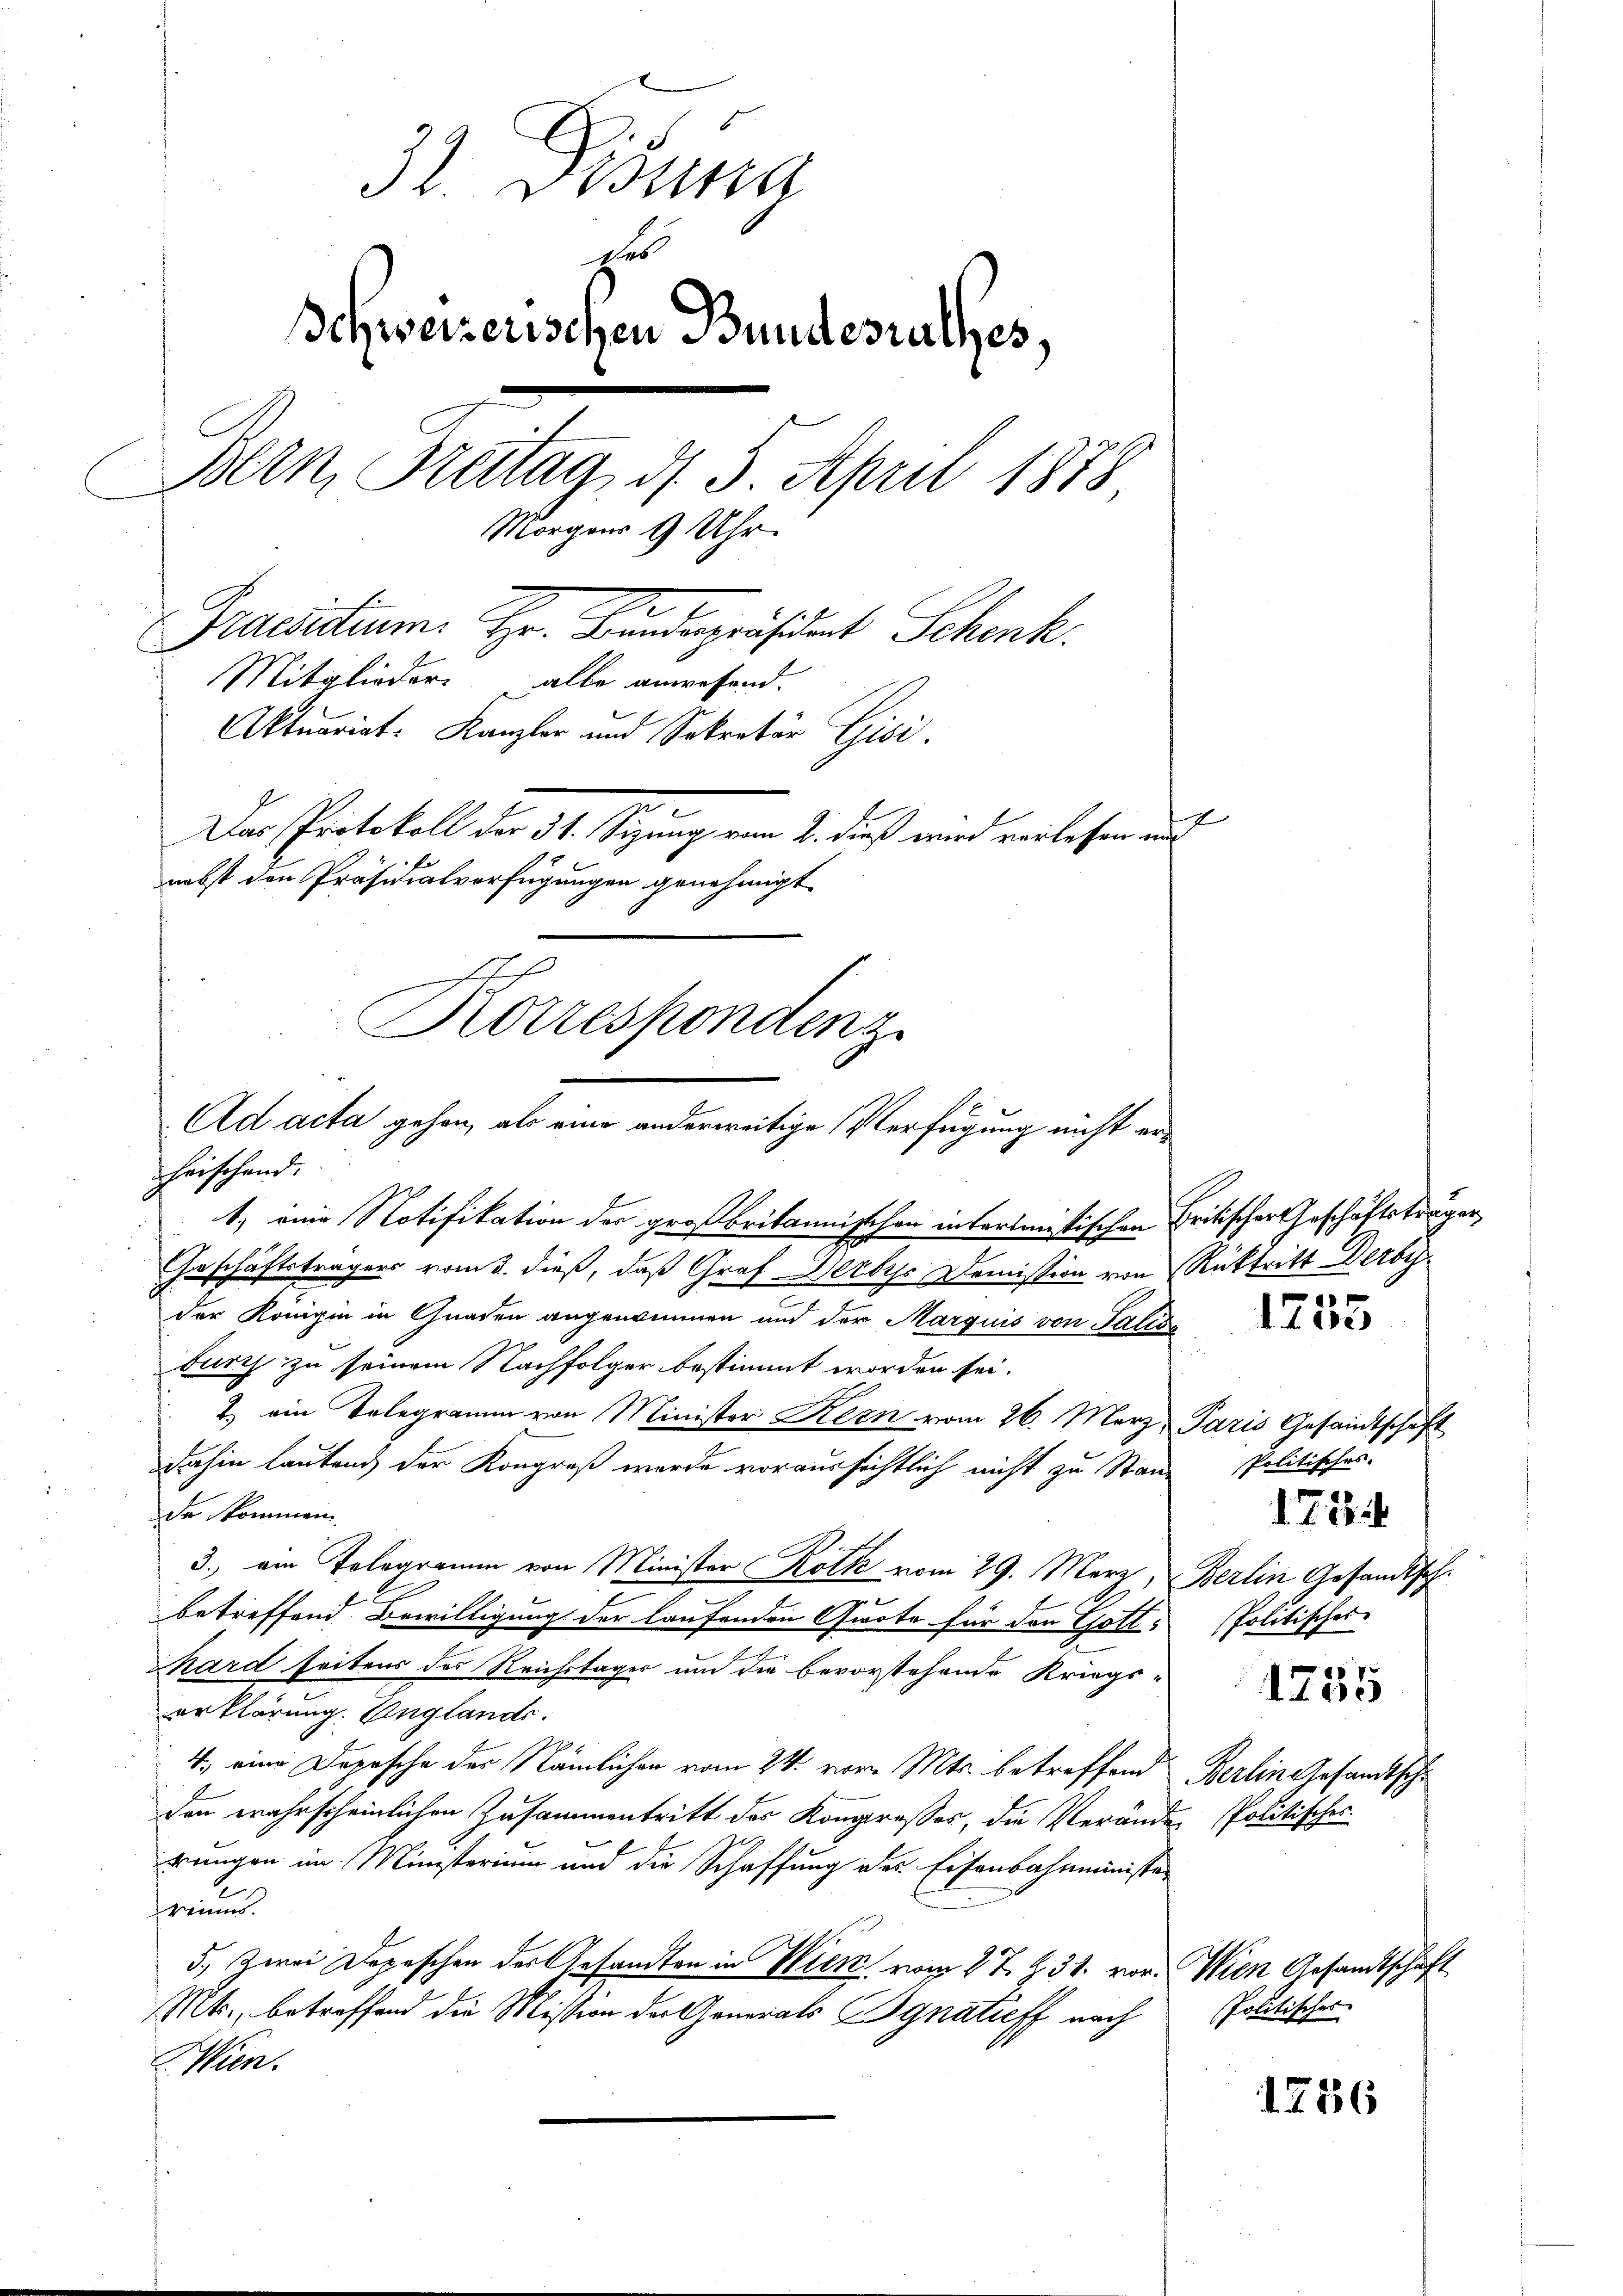
32. Disung
t
Schweizerischen Bundesrathes,
Bern, Freitag, d. 5. April 1878,
Morgens 9 Uhr.
Praestiume Hr. Bundespräsident Schenk.
Mitglieder alle anwesend.
Aktuariat. Kanzler und Sekretär Gisi
f
Das Protokoll der 31. Sizung vom 2. dieß wird verlesen auch
nebst den Präsidialverfügungen genehmigt
Korrespondenz
Ad acta gehen, als eine anderweitige Verfügung nicht er¬

heischend.

1, eine Notifikation der großbritannischen interimistischen Critischer Geschäftsträger
Geschäftsträgers vom 3. dieß, daß Graf Herbes Demission von Rücktritt Derby
der Königin in Gnaden angenommen und der Marquis von Salisa
burch zu seinem Nachfolger bestimmt worden sei.
2. ein Telegramm von Minister Kern vom 26. März, Paris Gesandtschaft
dahin lautend der Kongreß wurde voraussichtlich nicht zu Stande kommen
3.) ein Telegramm von Minister Kolke vom 29. März, Berlin Gesandtsch
betreffend Bewilligung der laufenden Quote für den Gott, Politisches
hard seitens des Reichstager um die bevorstehende Kriegs-
erklärung. Englands
4. eine Depesche der Nämlichen vom 24. vom Mts. betreffend Berlin gesandtsche
den wahrscheinlichen Zusammentritt der Kongresses, die Veränder
rungen im Ministerium und die Schaffung des Eisenbahnminister
riums.
5.) Zwei Depeschen des Gesandten in Wien vom 27. Z. 31. vor. Wien Gesandtschaft
Mts., betreffend die Mission der Generals Agnatieff nach
Wien.

1755

Politisches.

178

1255

Politisches.

Politisches

1256